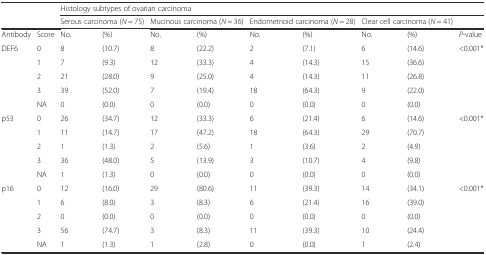
<table><thead><tr><td colspan="2" rowspan="2">[EMPTY_CELL]</td><td colspan="9"><b>Histology subtypes of ovarian carcinoma</b></td></tr><tr><td colspan="2"><b>Serous carcinoma (<i>N</i> = 75)</b></td><td colspan="2"><b>Mucinous carcinoma (<i>N</i> = 36)</b></td><td colspan="2"><b>Endometrioid carcinoma (<i>N</i> = 28)</b></td><td colspan="2"><b>Clear cell carcinoma (<i>N</i> = 41)</b></td><td>[EMPTY_CELL]</td></tr></thead><tbody><tr><td>Antibody</td><td>Score</td><td>No.</td><td>(%)</td><td>No.</td><td>(%)</td><td>No.</td><td>(%)</td><td>No.</td><td>(%)</td><td><i>P</i>-value</td></tr><tr><td rowspan="5">DEF6</td><td>0</td><td>8</td><td>(10.7)</td><td>8</td><td>(22.2)</td><td>2</td><td>(7.1)</td><td>6</td><td>(14.6)</td><td rowspan="5">&lt;0.001*</td></tr><tr><td>1</td><td>7</td><td>(9.3)</td><td>12</td><td>(33.3)</td><td>4</td><td>(14.3)</td><td>15</td><td>(36.6)</td></tr><tr><td>2</td><td>21</td><td>(28.0)</td><td>9</td><td>(25.0)</td><td>4</td><td>(14.3)</td><td>11</td><td>(26.8)</td></tr><tr><td>3</td><td>39</td><td>(52.0)</td><td>7</td><td>(19.4)</td><td>18</td><td>(64.3)</td><td>9</td><td>(22.0)</td></tr><tr><td>NA</td><td>0</td><td>(0.0)</td><td>0</td><td>(0.0)</td><td>0</td><td>(0.0)</td><td>0</td><td>(0.0)</td></tr><tr><td rowspan="5">p53</td><td>0</td><td>26</td><td>(34.7)</td><td>12</td><td>(33.3)</td><td>6</td><td>(21.4)</td><td>6</td><td>(14.6)</td><td rowspan="5">&lt;0.001*</td></tr><tr><td>1</td><td>11</td><td>(14.7)</td><td>17</td><td>(47.2)</td><td>18</td><td>(64.3)</td><td>29</td><td>(70.7)</td></tr><tr><td>2</td><td>1</td><td>(1.3)</td><td>2</td><td>(5.6)</td><td>1</td><td>(3.6)</td><td>2</td><td>(4.9)</td></tr><tr><td>3</td><td>36</td><td>(48.0)</td><td>5</td><td>(13.9)</td><td>3</td><td>(10.7)</td><td>4</td><td>(9.8)</td></tr><tr><td>NA</td><td>1</td><td>(1.3)</td><td>0</td><td>(0.0)</td><td>0</td><td>(0.0)</td><td>0</td><td>(0.0)</td></tr><tr><td rowspan="5">p16</td><td>0</td><td>12</td><td>(16.0)</td><td>29</td><td>(80.6)</td><td>11</td><td>(39.3)</td><td>14</td><td>(34.1)</td><td rowspan="5">&lt;0.001*</td></tr><tr><td>1</td><td>6</td><td>(8.0)</td><td>3</td><td>(8.3)</td><td>6</td><td>(21.4)</td><td>16</td><td>(39.0)</td></tr><tr><td>2</td><td>0</td><td>(0.0)</td><td>0</td><td>(0.0)</td><td>0</td><td>(0.0)</td><td>0</td><td>(0.0)</td></tr><tr><td>3</td><td>56</td><td>(74.7)</td><td>3</td><td>(8.3)</td><td>11</td><td>(39.3)</td><td>10</td><td>(24.4)</td></tr><tr><td>NA</td><td>1</td><td>(1.3)</td><td>1</td><td>(2.8)</td><td>0</td><td>(0.0)</td><td>1</td><td>(2.4)</td></tr></tbody></table>